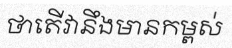
ថាតើវានឹងមានកម្ពស់